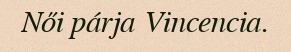
Női párja Vincencia.